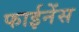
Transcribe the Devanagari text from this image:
फाईनेंस